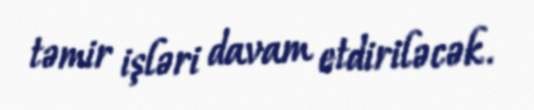
təmir işləri davam etdiriləcək.